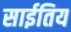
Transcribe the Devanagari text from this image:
साईतिय